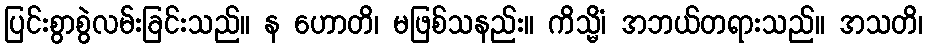
ပြင်းစွာစွဲလမ်းခြင်းသည်။ န ဟောတိ၊ မဖြစ်သနည်း။ ကိသ္မိံ၊ အဘယ်တရားသည်။ အသတိ၊